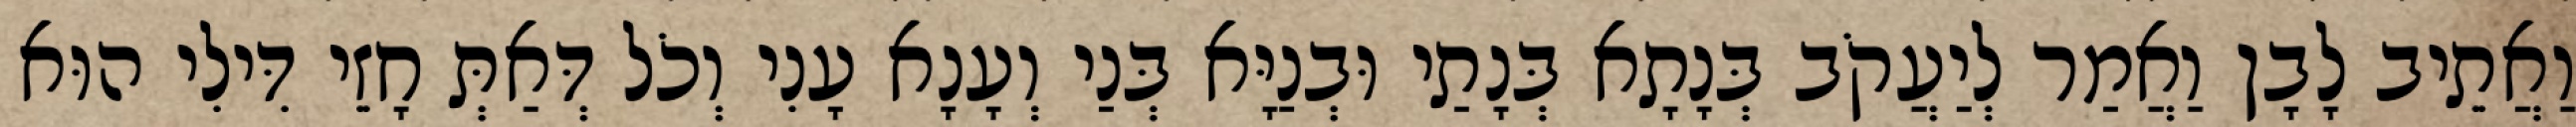
וַאֲתֵיב לָבָן וַאֲמַר לְיַעֲקֹב בְּנָתָא בְּנָתַי וּבְנַיָּא בְּנַי וְעָנָא עָנִי וְכֹל דְּאַתְּ חָזֵי דִּילִי הוּא